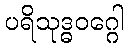
ပရိသုဒ္ဓဝဂ္ဂေါ